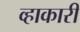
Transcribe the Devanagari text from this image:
व्हाकारी